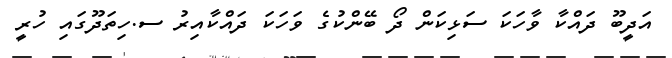
އަދީބޫ ދަައްކާ ވާހަކަ ސަޅިކަން ދޯޯޯ ބޭންކުގެ ވަހަކަ ދައްކާއިރު ސ.ހިތަދޫގައި ހުރީ